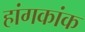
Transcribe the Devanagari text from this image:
हांगकांक